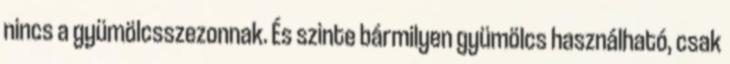
nincs a gyümölcsszezonnak. És szinte bármilyen gyümölcs használható, csak